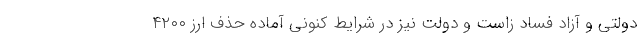
دولتی و آزاد فساد زاست و دولت نیز در شرایط کنونی آماده حذف ارز ۴۲۰۰